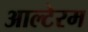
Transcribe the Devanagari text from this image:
आल्टेरम